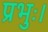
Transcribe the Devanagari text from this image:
प्रभुः।